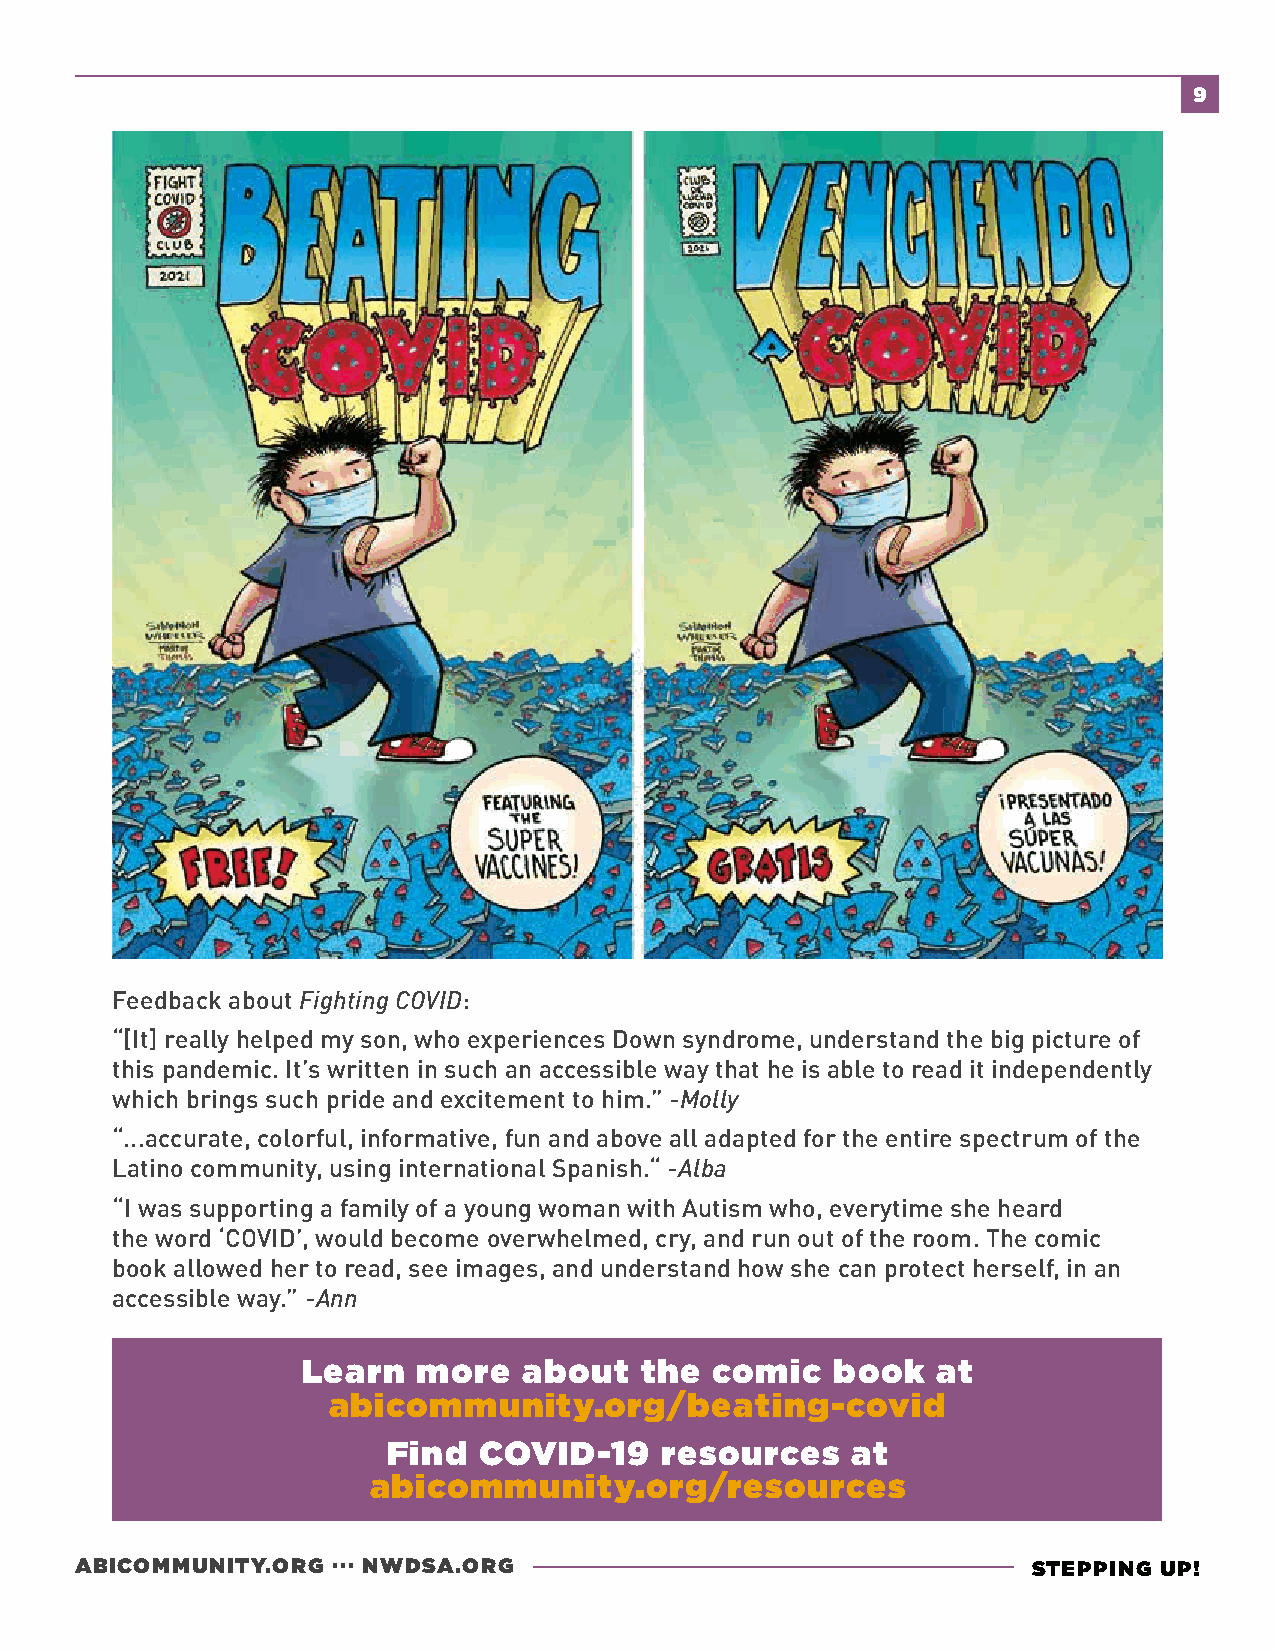
9
 Feedback about Fighting COVID:
 “[It] really helped my son, who experiences Down syndrome, understand the big picture of
 this pandemic. It’s written in such an accessible way that he is able to read it independently
 which brings such pride and excitement to him.” -Molly
 “...accurate, colorful, informative, fun and above all adapted for the entire spectrum of the
 Latino community, using international Spanish.“ -Alba
 “I was supporting a family of a young woman with Autism who, everytime she heard
 the word ‘COVID’, would become overwhelmed, cry, and run out of the room. The comic
 book allowed her to read, see images, and understand how she can protect herself, in an
 accessible way.” -Ann
 Learn   more   about  the  comic   book   at
 abicommunity.org/beating-covid
 Find  COVID-19    resources   at
 abicommunity.org/resources
 ABICOMMUNITY.ORG ... NWDSA.ORG                                 STEPPING UP!